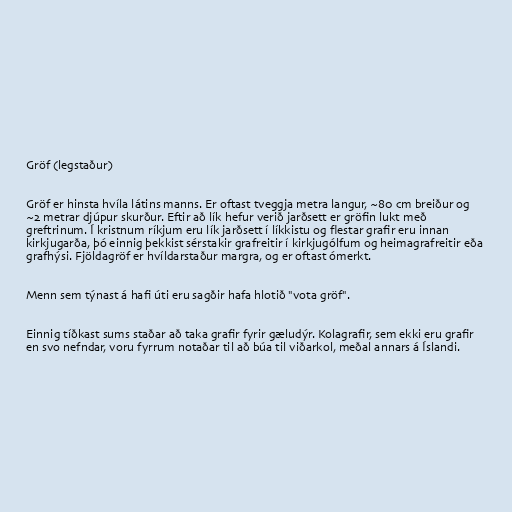
Gröf (legstaður)

Gröf er hinsta hvíla látins manns. Er oftast tveggja metra langur, ~80 cm breiður og
~2 metrar djúpur skurður. Eftir að lík hefur verið jarðsett er gröfin lukt með
greftrinum. Í kristnum ríkjum eru lík jarðsett í líkkistu og flestar grafir eru innan
kirkjugarða, þó einnig þekkist sérstakir grafreitir í kirkjugólfum og heimagrafreitir eða
grafhýsi. Fjöldagröf er hvíldarstaður margra, og er oftast ómerkt.

Menn sem týnast á hafi úti eru sagðir hafa hlotið "vota gröf".

Einnig tíðkast sums staðar að taka grafir fyrir gæludýr. Kolagrafir, sem ekki eru grafir
en svo nefndar, voru fyrrum notaðar til að búa til viðarkol, meðal annars á Íslandi.